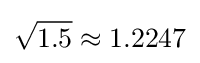
{\sqrt {1.5}}\approx 1.2247